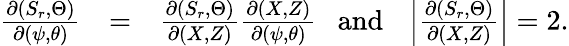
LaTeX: \begin{array}{rlr}{\frac{\partial(S_{r},\Theta)}{\partial(\psi,\theta)}}&{=}&{\frac{\partial(S_{r},\Theta)}{\partial(X,Z)}\frac{\partial(X,Z)}{\partial(\psi,\theta)}~~~\mathrm{and}~~~\left|\frac{\partial(S_{r},\Theta)}{\partial(X,Z)}\right|=2.}\end{array}